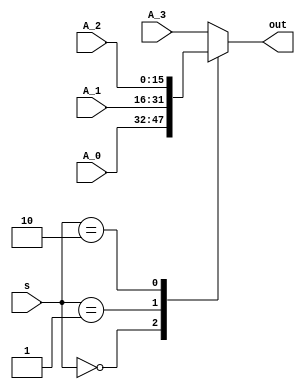
`timescale 1ns / 1ps
//////////////////////////////////////////////////////////////////////////////////
// Company: 
// Engineer: 
// 
// Design Name: 
// Module Name: MUX
// Project Name: 
// Target Devices: 
// Tool Versions: 
// Description: 
// 
// Dependencies: 
// 
// Revision:
// Revision 0.01 - File Created
// Additional Comments:
// 
//////////////////////////////////////////////////////////////////////////////////


module MUX(
input wire signed [15:0] A_0 ,
input wire signed [15:0] A_1 ,
input wire signed [15:0] A_2 ,
input wire signed [15:0] A_3 ,
input wire signed [1:0] s,
output reg signed [15:0] out
    );
always @(*) begin
    case(s)
3'd0 : out=A_0;
3'd1 : out=A_1;
3'd2 : out=A_2;
default : out=A_3;
endcase
end
endmodule